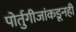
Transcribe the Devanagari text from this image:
पोर्तुगीजांकडूनही